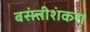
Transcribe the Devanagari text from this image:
बसंतीशंकरा